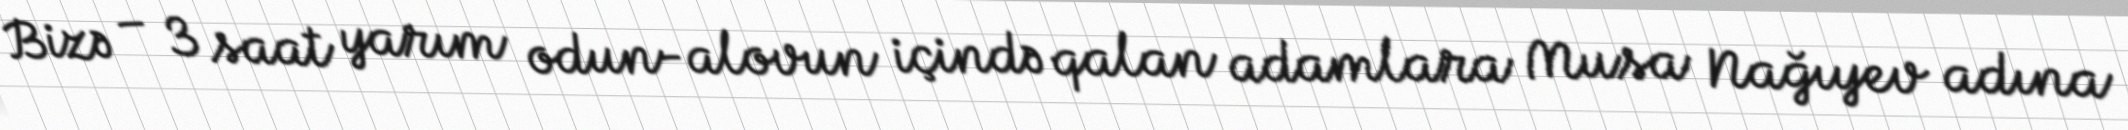
Bizə – 3 saat yarım odun-alovun içində qalan adamlara Musa Nağıyev adına